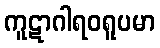
ကူဋာဂါရဝရူပမာ